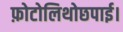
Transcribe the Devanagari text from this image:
फ़ोटोलिथोछपाई।